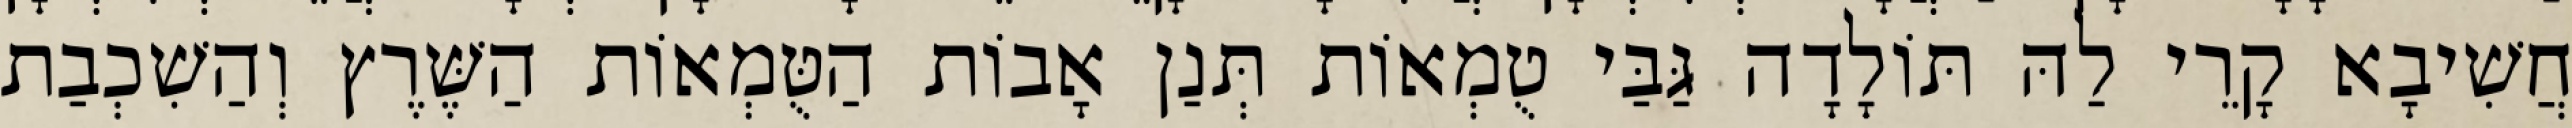
חֲשִׁיבָא קָרֵי לַהּ תּוֹלָדָה גַּבַּי טֻמְאוֹת תְּנַן אָבוֹת הַטֻּמְאוֹת הַשֶּׁרֶץ וְהַשִׁכְבַת